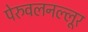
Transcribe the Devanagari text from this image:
पेरुवलनल्लूर